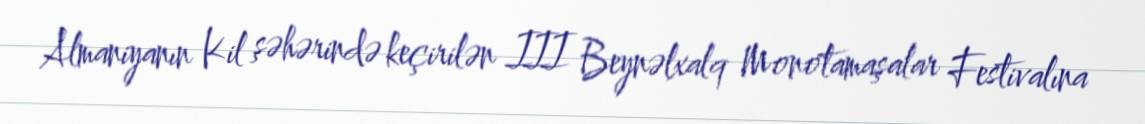
Almaniyanın Kil şəhərində keçirilən III Beynəlxalq Monotamaşalar Festivalına